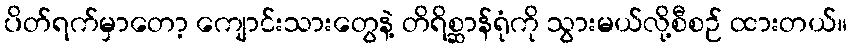
ပိတ်ရက်မှာတော့ ကျောင်းသားတွေနဲ့ တိရိစ္ဆာန်ရုံကို သွားမယ်လို့စီစဉ် ထားတယ်။